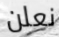
نعلن